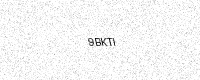
Text: 9BKTI